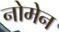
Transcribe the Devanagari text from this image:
नोमेन